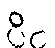
ပိင